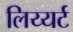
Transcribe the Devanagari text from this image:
लिय्यर्ट